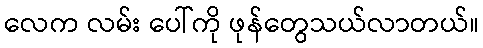
လေက လမ်း ပေါ်ကို ဖုန်တွေသယ်လာတယ်။